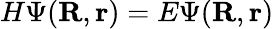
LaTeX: H\Psi(\mathbf{R},\mathbf{r})=E\Psi(\mathbf{R},\mathbf{r})